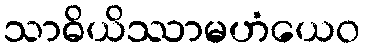
သာဓိယိဿာမဟံယေဝ